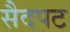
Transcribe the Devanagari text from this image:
सैदपट